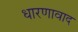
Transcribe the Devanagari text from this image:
धारणावाद